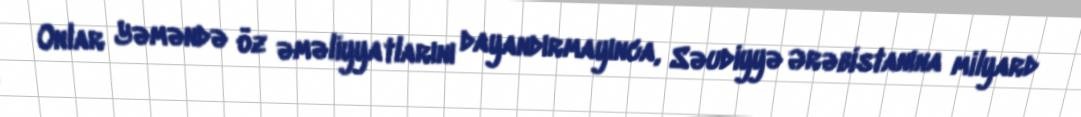
Onlar Yəməndə öz əməliyyatlarını dayandırmayınca, Səudiyyə Ərəbistanına milyard